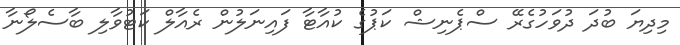
މިދިޔަ ބުދަ ދުވަހުގެރޭ ސްޕެނިޝް ކަޕުގެ ކުއާޓާ ފައިނަލުން ރެއާލް ކަޓުވާލި ބާސެލޯނާ